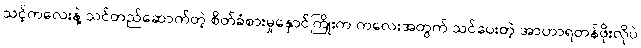
သင့်ကလေးနဲ့ သင်တည်ဆောက်တဲ့ စိတ်ခံစားမှုနှောင်ကြိုးက ကလေးအတွက် သင်ပေးတဲ့ အာဟာရတန်ဖိုးလိုပဲ